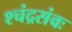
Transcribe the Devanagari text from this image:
श्चंद्रसंवः